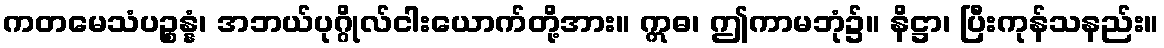
ကတမေသံပဉ္စန္နံ၊ အဘယ်ပုဂ္ဂိုလ်ငါးယောက်တို့အား။ ဣဓ၊ ဤကာမဘုံ၌။ နိဋ္ဌာ၊ ပြီးကုန်သနည်း။